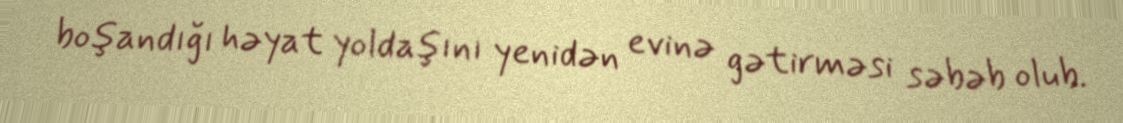
boşandığı həyat yoldaşını yenidən evinə gətirməsi səbəb olub.